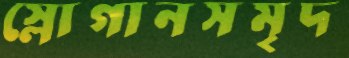
স্লোগানসমৃদ